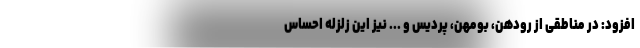
افزود: در مناطقی از رودهن، بومهن، پردیس و ... نیز این زلزله احساس